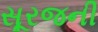
સૂરજની